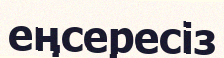
еңсересіз